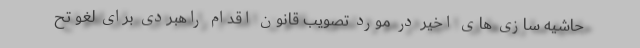
حاشیه سازی های اخیر در مورد تصویب قانون اقدام راهبردی برای لغو تح